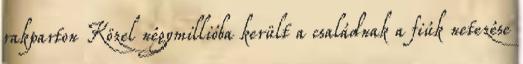
rakparton Közel négymillióba került a családnak a fiúk netezése